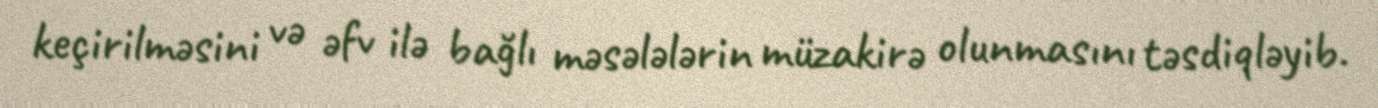
keçirilməsini və əfv ilə bağlı məsələlərin müzakirə olunmasını təsdiqləyib.